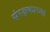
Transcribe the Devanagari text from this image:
संरक्षकाच्या